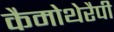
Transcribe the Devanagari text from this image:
कैमोथेरैपी